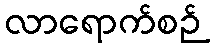
လာရောက်စဉ်